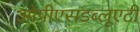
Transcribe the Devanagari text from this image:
ओपीएसडब्लूएटी